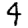
Digit: 4